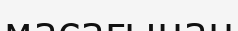
масағынан